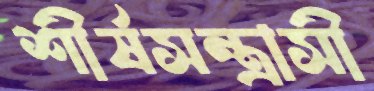
শীর্ষসন্ত্রাসী